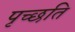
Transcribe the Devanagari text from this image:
पृच्छति